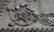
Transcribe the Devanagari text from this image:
पेशवाकालीन